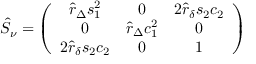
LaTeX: \hat { S } _ { \nu } = \left( \begin{array} { c c c } { { \hat { r } _ { \Delta } s _ { 1 } ^ { 2 } } } & { { 0 } } & { { 2 \hat { r } _ { \delta } s _ { 2 } c _ { 2 } } } \\ { { 0 } } & { { \hat { r } _ { \Delta } c _ { 1 } ^ { 2 } } } & { { 0 } } \\ { { 2 \hat { r } _ { \delta } s _ { 2 } c _ { 2 } } } & { { 0 } } & { { 1 } } \end{array} \right)